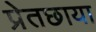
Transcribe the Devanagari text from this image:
प्रेतछाया